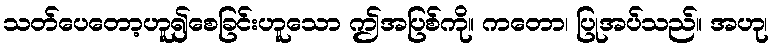
သတ်ပေတော့ဟူ၍စေခြင်းဟူသော ဤအပြစ်ကို။ ကတော၊ ပြုအပ်သည်။ အဟု၊